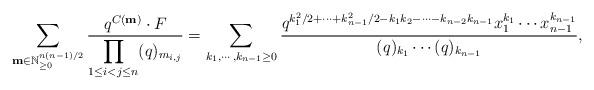
LaTeX: \begin{align*} \sum_{{\bf m} \in \mathbb{N}_{\geq 0}^{n(n-1)/2}} \frac{ q^{C({\bf m})}\cdot F} {\displaystyle\prod_{1\leq i<j\leq n }(q)_{m_{i,j}}}=\sum_{k_1,\cdots,k_{n-1} \geq 0} \frac{q^{k_1^2/2+ \cdots + k_{n-1}^2/2-k_1 k_2 -\cdots-k_{n-2} k_{n-1}} x_1^{k_1} \cdots x_{n-1}^{k_{n-1}}}{(q)_{k_1} \cdots (q)_{k_{n-1}}},\end{align*}